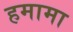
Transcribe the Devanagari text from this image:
हमामा